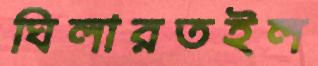
ঘিলারতইল